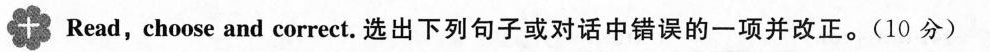
Read, choose and correct.选出下列句子或对话中错误的一项并改正。(10 分)